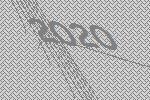
2020